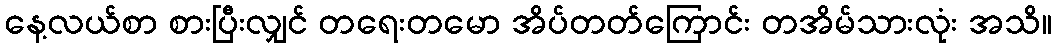
နေ့လယ်စာ စားပြီးလျှင် တရေးတမော အိပ်တတ်ကြောင်း တအိမ်သားလုံး အသိ။